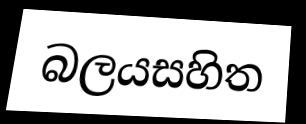
බලයසහිත